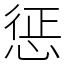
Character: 惩